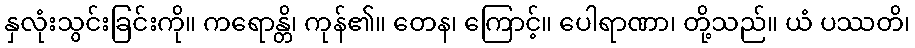
နှလုံးသွင်းခြင်းကို။ ကရောန္တိ၊ ကုန်၏။ တေန၊ ကြောင့်။ ပေါရာဏာ၊ တို့သည်။ ယံ ပဿတိ၊